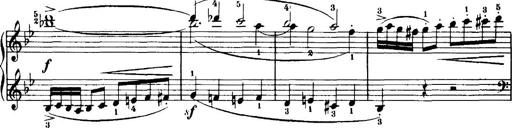
Title: 7 Sonatinas
Composer: Anton Diabelli